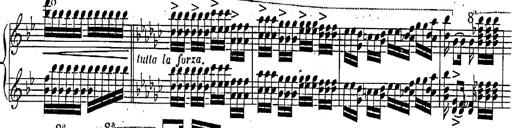
Title: Marche et Cavatine de Lucie de Lammermoor, S.398
Composer: Franz Liszt